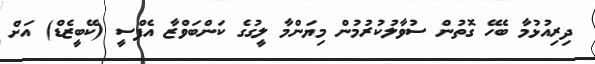
ދިރިއުޅުމާ ބެހޭ ގޮތުން ސުވާލުކުރުމުން މިޔަންމާ ލީގުގެ ކަންބަވްޒާ އެފްސީ (ކޭބީޒެޑް) އަށް